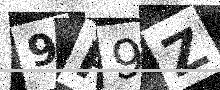
Text: 9P9Z